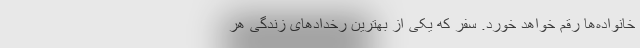
خانواده‌ها رقم خواهد خورد. سفر که یکی از بهترین رخدادهای زندگی هر